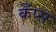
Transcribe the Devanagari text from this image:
कँप्स